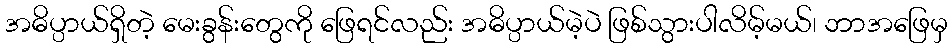
အဓိပ္ပာယ်ရှိတဲ့ မေးခွန်းတွေကို ဖြေရင်လည်း အဓိပ္ပာယ်မဲ့ပဲ ဖြစ်သွားပါလိမ့်မယ်၊ ဘာအဖြေမှ